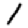
Digit: 1